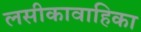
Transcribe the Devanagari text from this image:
लसीकावाहिका